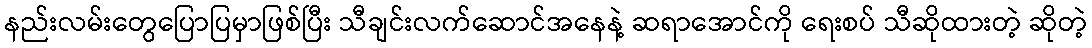
နည်းလမ်းတွေပြောပြမှာဖြစ်ပြီး သီချင်းလက်ဆောင်အနေနဲ့ ဆရာအောင်ကို ရေးစပ် သီဆိုထားတဲ့ ဆိုတဲ့